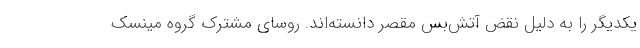
یکدیگر را به دلیل نقض آتش‌بس مقصر دانسته‌اند. روسای مشترک گروه مینسک